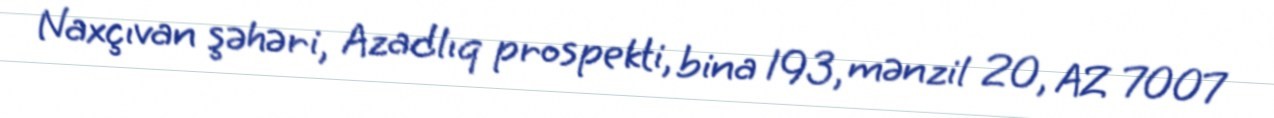
Naxçıvan şəhəri, Azadlıq prospekti, bina 193, mənzil 20, AZ 7007